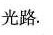
光路.